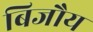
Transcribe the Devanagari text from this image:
बिजौय